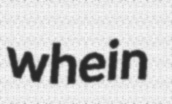
whein